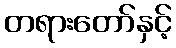
တရားတော်နှင့်